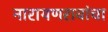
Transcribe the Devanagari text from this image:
नारायणरावांचा